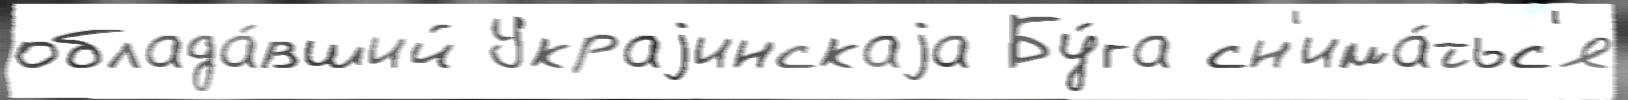
облада́вший Украjинскаjа Бу́га сн'има́тьс'я